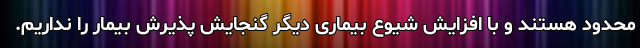
محدود هستند و با افزایش شیوع بیماری دیگر گنجایش پذیرش بیمار را نداریم.